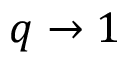
q \to 1